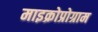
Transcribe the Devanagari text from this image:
माइक्रोप्रोग्राम